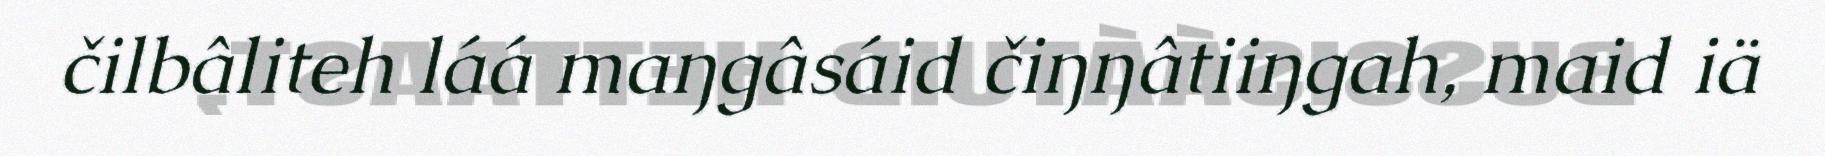
čilbâliteh láá maŋgâsáid čiŋŋâtiiŋgah, maid iä